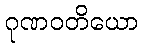
ဂုဏဝတိယော